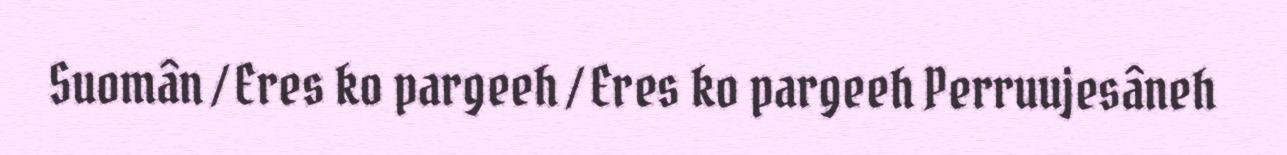
Suomân / Eres ko pargeeh / Eres ko pargeeh Perruujesâneh